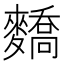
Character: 𪍷